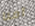
آمنا